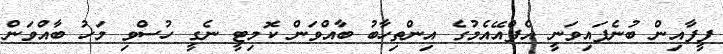
ފީފާއިން ބުނެފައިވަނީ އެފްއޭއެމުގެ އިންތިހާބު ބާއްވަން ކޮމިޓީ ނެގީ ހުސްވި މަހު ބާއްވަން